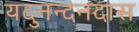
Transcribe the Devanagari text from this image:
यदुनन्दनदास